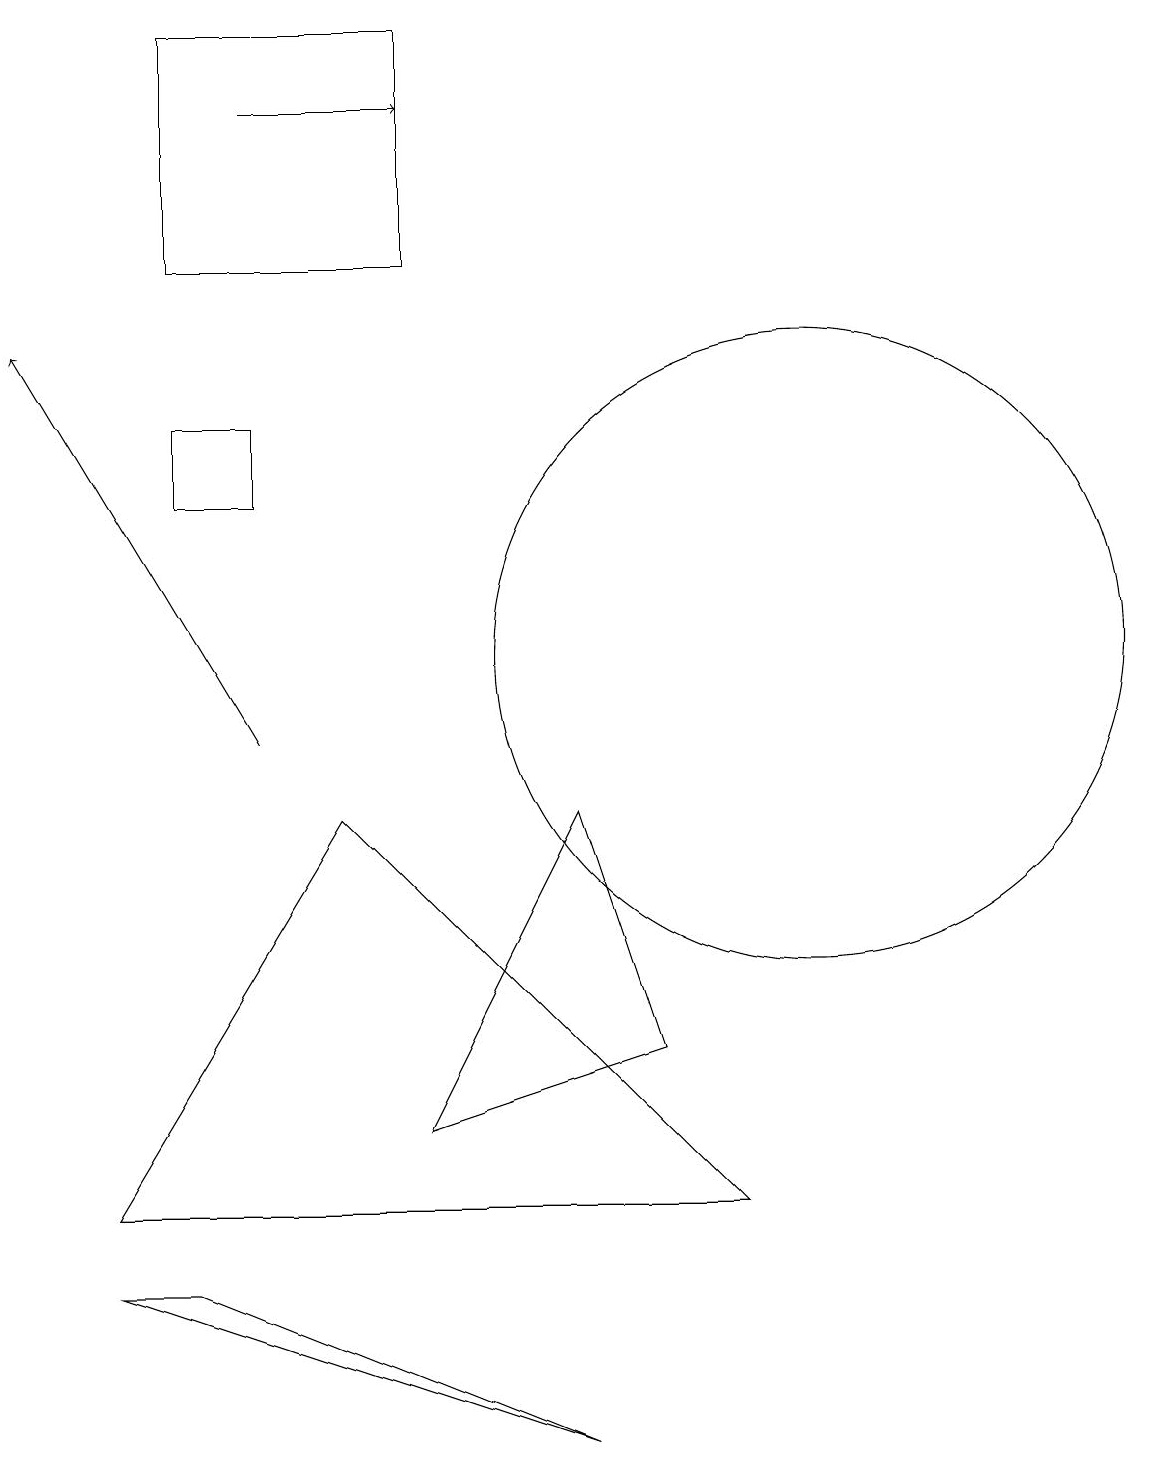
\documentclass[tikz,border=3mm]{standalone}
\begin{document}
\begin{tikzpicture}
\draw (2,14) rectangle (3,13);
\draw (5,19) rectangle (2,16);
\draw (8,6) -- (5,5) -- (7,9) -- cycle;
\draw (7,1) -- (1,3) -- (2,3) -- cycle;
\draw (1,4) -- (9,4) -- (4,9) -- cycle;
\draw[->] (3,18) -- (5,18);
\draw (10,11) circle (4);
\draw[->] (3,10) -- (0,15);
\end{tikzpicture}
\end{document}